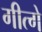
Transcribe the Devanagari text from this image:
गीत्गे